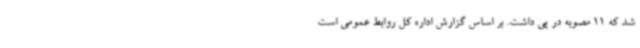
شد که 11 مصوبه در پی داشت. بر اساس گزارش اداره کل روابط عمومی است